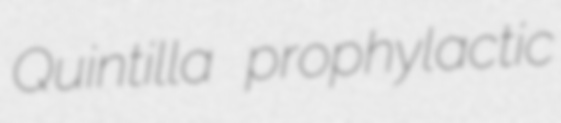
Quintilla prophylactic